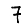
Digit: 7